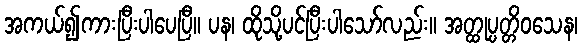
အကယ်၍ကားပြီးပါပေပြီ။ ပန၊ ထိုသို့ပင်ပြီးပါသော်လည်း။ အတ္ထုပ္ပတ္တိဝသေန၊